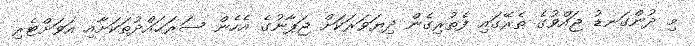
މި ދުންގަނޑު ޖައްވުގެ ތެރޭގައި ފެތުރިގެން ދިޔަވަރަކަށް ޖަޕާނުގެ އެހެން ސަރަޙައްދުތަކަށާއި އަވަށްޓެރި